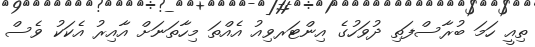
ތިއީ ހަމަ ބުރާސްފަތި ދުވަހުގެ އިންޓަރވިއު އެއްތަ މިހާތަނަށް އާއިރު އެކަކު ވެސް